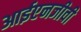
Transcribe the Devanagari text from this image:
आईएनजीवी